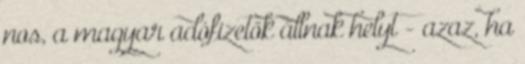
nos, a magyar adófizetők állnak helyt - azaz, ha